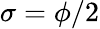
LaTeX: \sigma=\phi/2